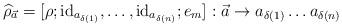
LaTeX: \begin{align*}\widehat\rho_{\vec a}=[\rho;\mathrm{id}_{a_{\delta(1)}},\dots,\mathrm{id}_{a_{\delta(n)}};e_m]:\vec a\to a_{\delta(1)}\dots a_{\delta(n)}\end{align*}